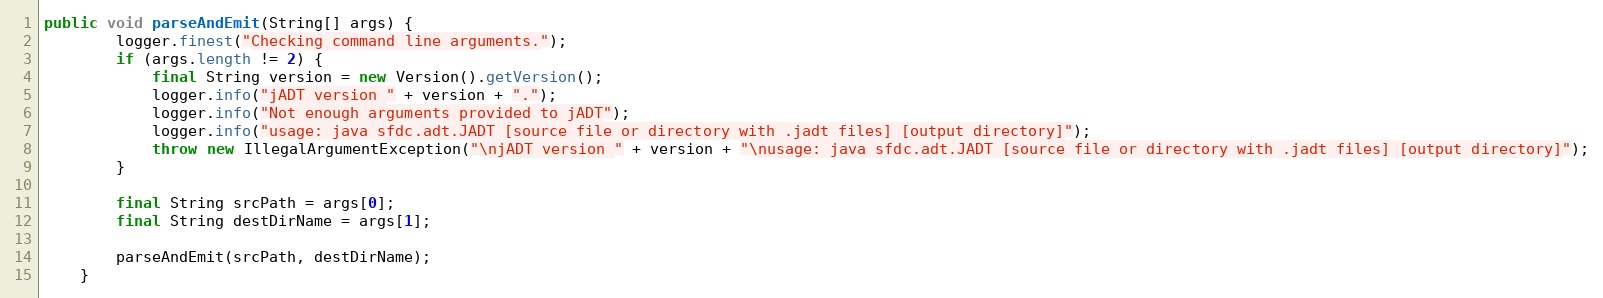
Language: Java
public void parseAndEmit(String[] args) {
    	logger.finest("Checking command line arguments.");
        if (args.length != 2) {
        	final String version = new Version().getVersion();
        	logger.info("jADT version " + version + ".");
        	logger.info("Not enough arguments provided to jADT");
        	logger.info("usage: java sfdc.adt.JADT [source file or directory with .jadt files] [output directory]");
            throw new IllegalArgumentException("\njADT version " + version + "\nusage: java sfdc.adt.JADT [source file or directory with .jadt files] [output directory]");
        }

        final String srcPath = args[0];
        final String destDirName = args[1];

        parseAndEmit(srcPath, destDirName);
    }